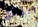
اتصلتي